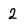
Character: 2